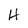
Character: H